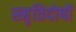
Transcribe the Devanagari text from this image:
स्मृतिदोषों